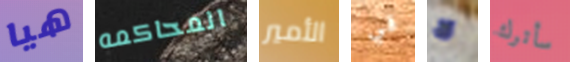
هيا المحاكمه الأمير قي لا سأترك